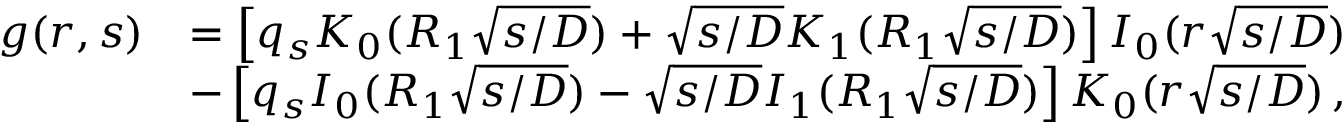
\begin{array} { r l } { g ( r , s ) } & { = \left[ q _ { s } K _ { 0 } ( R _ { 1 } \sqrt { s / D } ) + \sqrt { s / D } K _ { 1 } ( R _ { 1 } \sqrt { s / D } ) \right] I _ { 0 } ( r \sqrt { s / D } ) } \\ & { - \left[ q _ { s } I _ { 0 } ( R _ { 1 } \sqrt { s / D } ) - \sqrt { s / D } I _ { 1 } ( R _ { 1 } \sqrt { s / D } ) \right] K _ { 0 } ( r \sqrt { s / D } ) \, , } \end{array}